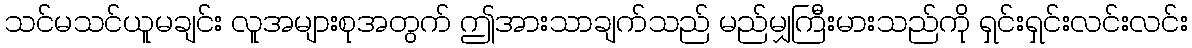
သင်မသင်ယူမချင်း လူအများစုအတွက် ဤအားသာချက်သည် မည်မျှကြီးမားသည်ကို ရှင်းရှင်းလင်းလင်း